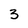
Character: 3